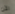
الآن